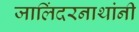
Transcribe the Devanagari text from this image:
जालिंदरनाथांनी